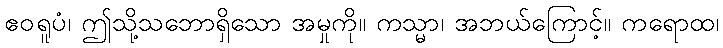
ဧဝရူပံ၊ ဤသို့သဘောရှိသော အမှုကို။ ကသ္မာ၊ အဘယ်ကြောင့်။ ကရောထ၊